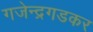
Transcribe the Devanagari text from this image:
गजेन्द्रगडकर